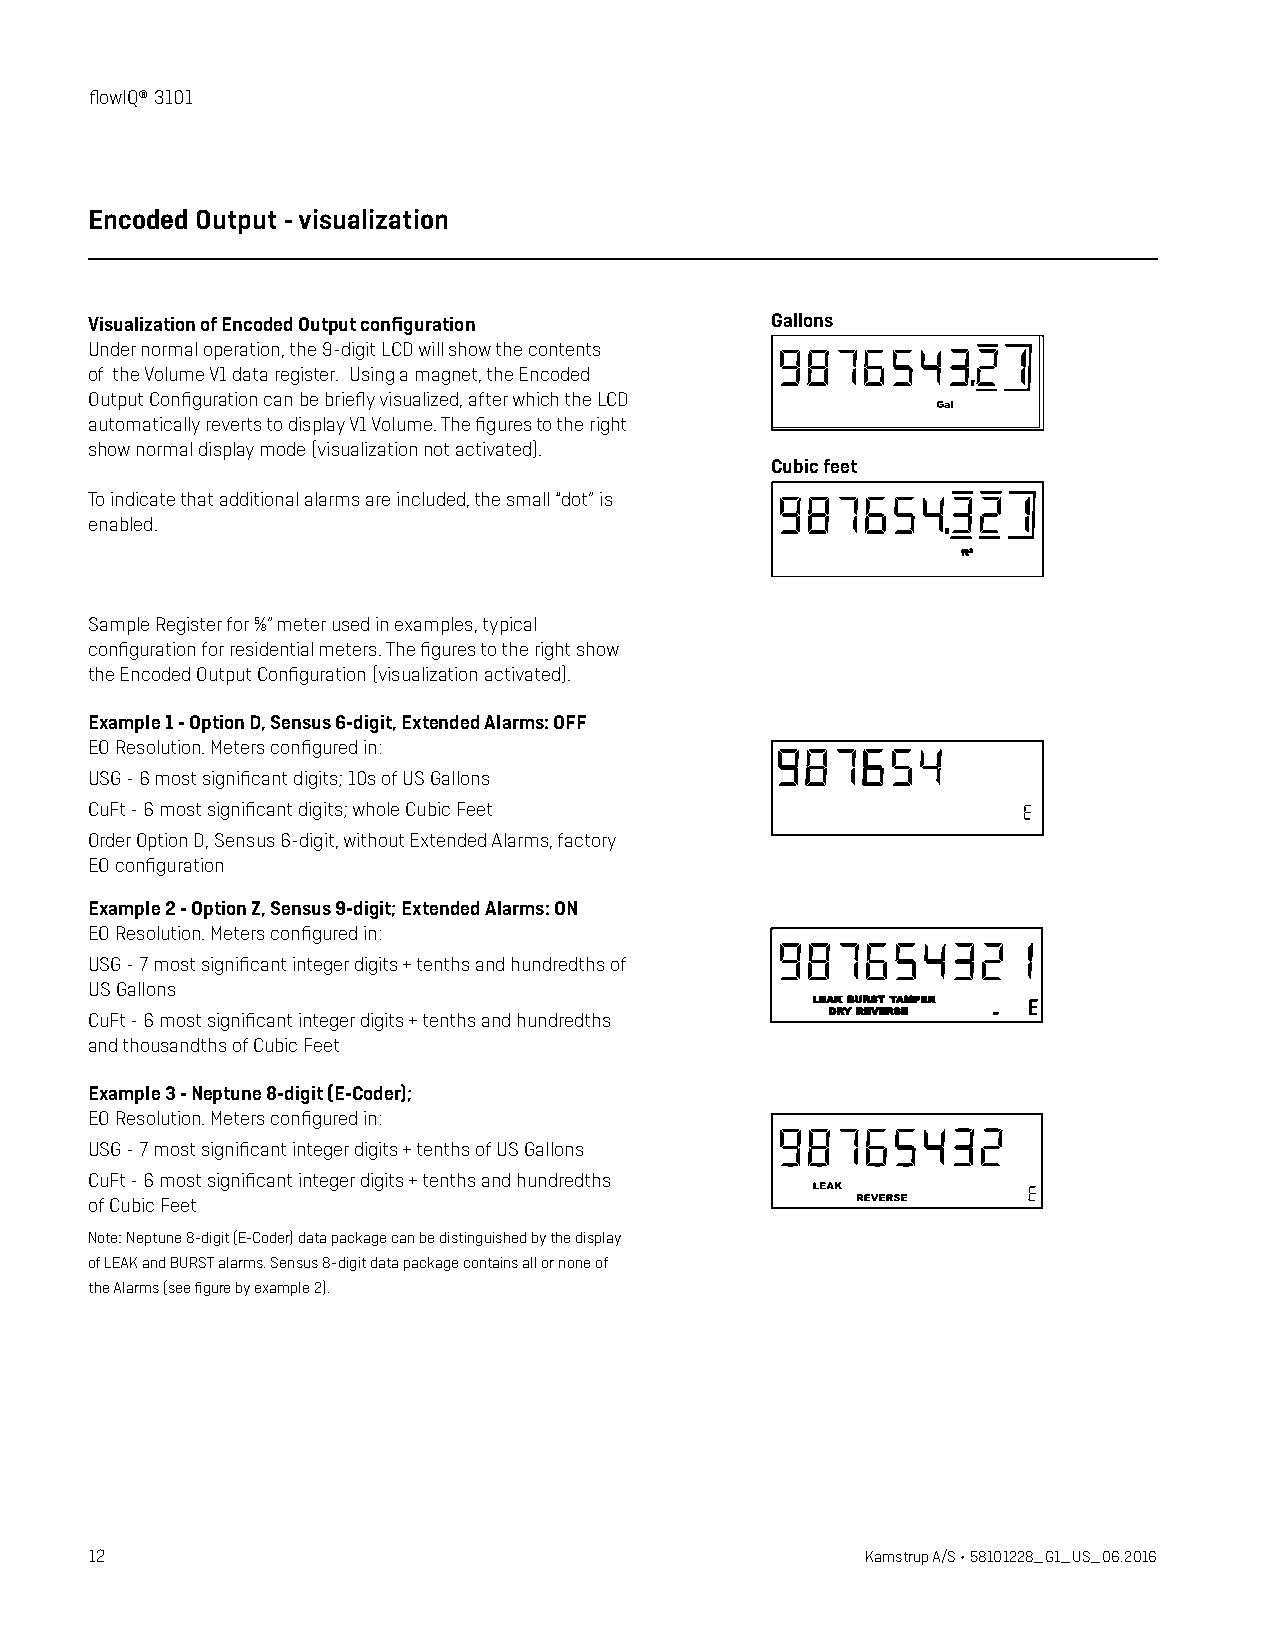
flowIQ® 3101
 Encoded Output - visualization
 Visualization of Encoded Output configuration Gallons
 Under normal operation, the 9-digit LCD will show the contents
 of the Volume V1 data register. Using a magnet, the Encoded
 Output Configuration can be briefly visualized, after which the LCD
 automatically reverts to display V1 Volume. The figures to the right
 show normal display mode (visualization not activated).
 Cubic feet
 To indicate that additional alarms are included, the small “dot” is
 enabled.
 Sample Register for ⅝” meter used in examples, typical
 configuration for residential meters. The figures to the right show
 the Encoded Output Configuration (visualization activated).
 Example 1 - Option D, Sensus 6-digit, Extended Alarms: OFF
 EO Resolution. Meters configured in:
 USG - 6 most significant digits; 10s of US Gallons
 CuFt - 6 most significant digits; whole Cubic Feet
 Order Option D, Sensus 6-digit, without Extended Alarms, factory
 EO configuration
 Example 2 - Option Z, Sensus 9-digit; Extended Alarms: ON
 EO Resolution. Meters configured in:
 USG - 7 most significant integer digits + tenths and hundredths of
 US Gallons
 CuFt - 6 most significant integer digits + tenths and hundredths
 and thousandths of Cubic Feet
 Example 3 - Neptune 8-digit (E-Coder);
 EO Resolution. Meters configured in:
 USG - 7 most significant integer digits + tenths of US Gallons
 CuFt - 6 most significant integer digits + tenths and hundredths
 of Cubic Feet
 Note: Neptune 8-digit (E-Coder) data package can be distinguished by the display
 of LEAK and BURST alarms. Sensus 8-digit data package contains all or none of
 the Alarms (see figure by example 2).
 12                                                 Kamstrup A/S • 58101228_G1_US_06.2016